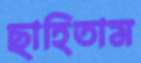
ছাহিতাম